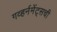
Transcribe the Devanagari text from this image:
गव्हर्नमेंट्सची